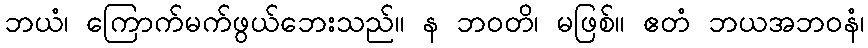
ဘယံ၊ ကြောက်မက်ဖွယ်ဘေးသည်။ န ဘဝတိ၊ မဖြစ်။ ဧတံ ဘယအဘဝနံ၊